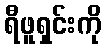
ရီဖူရှင်းကို